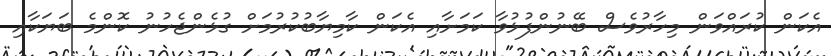
އެކަން ކުރައްވަން މިހާރުވެސް ބޭނުންފުޅުވާ ކަމަށާއި އެކަން ކާމިޔާބުކުރުމަށް ގުޅެންޖެހުނު ކޮންމެ ބަޔަކާއި